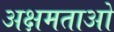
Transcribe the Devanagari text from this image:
अक्षमताओ